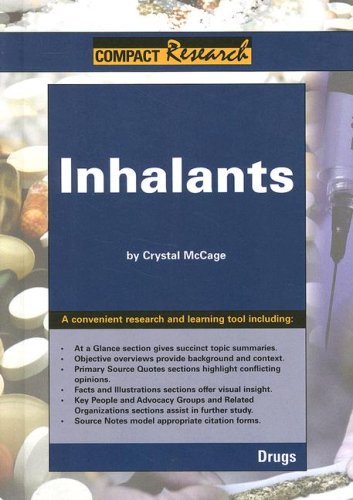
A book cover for Compact Research, Inhalants: Drugs (Compact Research Series); Crystal Mccage; Teen & Young Adult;